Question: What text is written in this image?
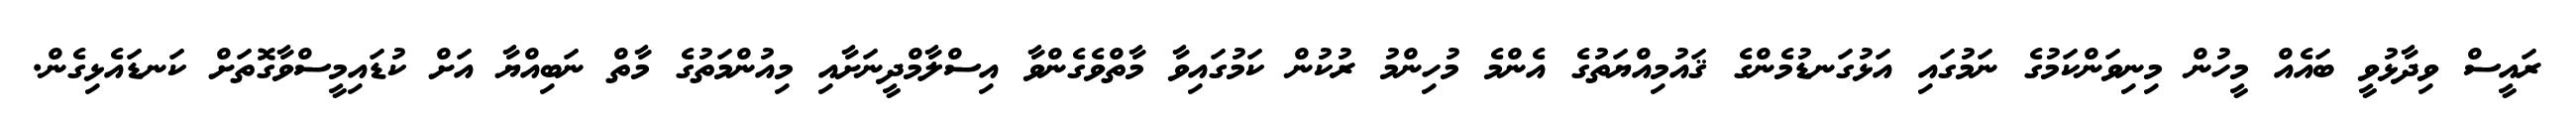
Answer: ރައީސް ވިދާޅުވީ ބައެއް މީހުން މިނިވަންކަމުގެ ނަމުގައި އަޅުގަނޑުމެންގެ ޤައުމިއްޔަތުގެ އެންމެ މުހިންމު ރުކުން ކަމުގައިވާ މާތްވެގެންވާ އިސްލާމްދީނަށާއި މިއުންމަތުގެ މާތް ނަބިއްޔާ އަށް ކުޑައިމީސްވާގޮތަށް ކަނޑައެޅިގެން.